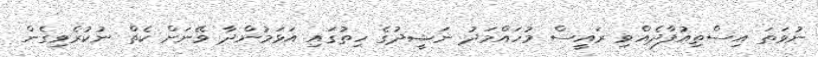
ނުވަތަ އިސްތިއުފާދެއްވި ރައީސް މުހައްމަދު ނަޝީދުގެ ހިތުގައި އަޅަމުންދާ ވޭނަށް ކެތް ނުކުރެވިގެން